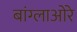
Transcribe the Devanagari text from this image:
बांग्लाओरे